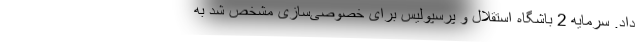
داد. سرمایه 2 باشگاه استقلال و پرسپولیس برای خصوصی‌سازی مشخص شد به